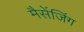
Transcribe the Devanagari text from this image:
मैसेंजिंग